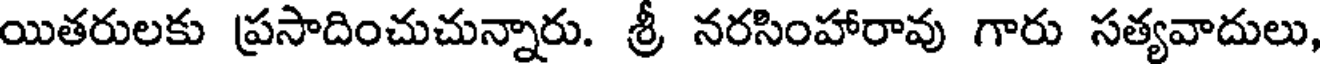
యితరులకు ప్రసాదించుచున్నారు. శ్రీ నరసింహారావు గారు సత్యవాదులు,